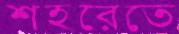
শহরেতে